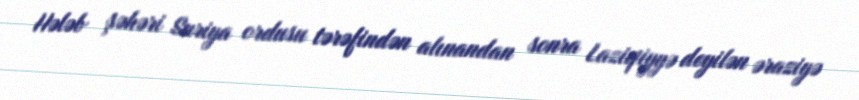
Hələb şəhəri Suriya ordusu tərəfindən alınandan sonra Laziqiyyə deyilən əraziyə